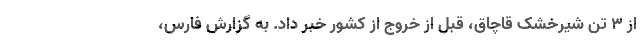
از 3 تن شیرخشک قاچاق، قبل از خروج از کشور خبر داد. به گزارش فارس،